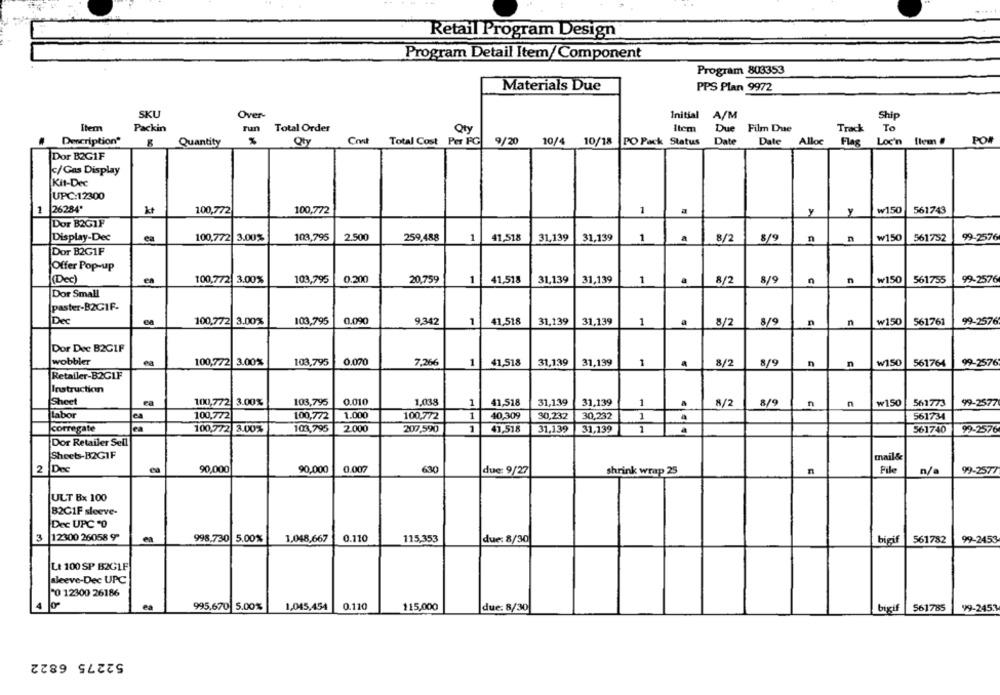
Retail Program Design
Program Detail Item/Component
Program 803353
Materials Due
PPS Plan 9972
SKU
Over-
Initial A/M
Ship
Item
Packin
run Total Order
Qty
Item Due Film Due
Track
To
Description"
Quantity
Qty
Cost
Total Cost Per FG
9/20
10/4 10/18
PO Pack Status Date Date Alloc
Flag
Loc'n [lem #
POR
Dor B2GIF
c/Gas Display
Kit-Dec
UPC:12300
26284'
₩150
1
100,772
100,772
1
a
y
y
561743
Dor B2G1F
99-2576
Display-Dec
ea
100,772 3.00%
103,795
2.500
259,488
41,518
31,139
31,139
1
a
8/2
8/9
n
n
₩150
561752
Dor B2G1F
Offer Pop-up
0.200
20,759
1
41,518
31,139
31,139
(Dec)
en
100,772 3.00%
103,795
1
8/2
8/9
n
n
w150
561755
99-2576
Dor Small
paster-B2GIF.
0.090
1
41.518
31,139
31,139
n
99-2576
Dec
100,772 3.00%
103,795
9,342
1
a
8/2
8/9
n
w150
561761
Dor Dee B2G1F
wobbler
ea
100,772 3.00%
103,795
0.070
7,266
1
41,518
31,139
31,139
W150
1
8/2
8/9
n
n
561764
99-2576
Retailer-B2GIF
Instruction
Sheet
ra
100,772 3.00%
103,795
0.010
1,038
1
41,518
31,139
31,139
1
.
8/2
8/9
n
w150
561773
99-2577
n
Labor
es
100,772
100,772
1.000
100,772
40,309
30,232
30,232
1
561734
corregate
ea
100,772 3.00%
103,795
2.000
207.590
1
41,518
31,139
31,139
1
561740
99-2576
Dor Retailer Sell
Sheets-B2GIF
mail&
2
Dec
ea
90,000
90,000
0.007
630
due: 9/27
shrink wrap 25
n
Pile
n/
99-2577
ULT Bx 100
B2C1F sleeve-
Dec UPC "0
3 12300 26058 92
ea
998,730 5.00%
1,048,667
0.110
115,353
due: 8/30
bigi
561782
99-2453
LE 100 SP B2CLF
sleeve-Dec UPC
20 12300 26186
ea
995,670 5.00%
1,045,454
0.110
115,000
due: 8/30
bigif
561785
99-2453
52275 6822